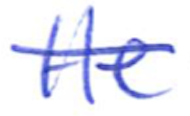
Text: He
Cross-out: single-line
Writing tool: ballpoint